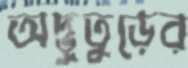
অদ্ভুতুড়ের